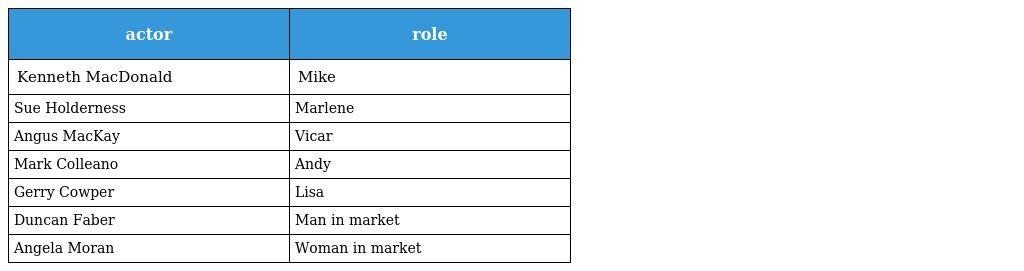
| actor | role |
 | --- | --- |
 | Kenneth MacDonald | Mike |
 | Sue Holderness | Marlene |
 | Angus MacKay | Vicar |
 | Mark Colleano | Andy |
 | Gerry Cowper | Lisa |
 | Duncan Faber | Man in market |
 | Angela Moran | Woman in market |